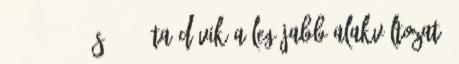
2004-2014 – és 2015 óta dívik a legújabb alakváltozat,